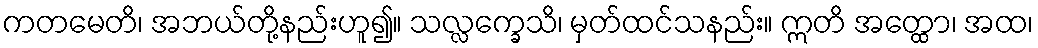
ကတမေတိ၊ အဘယ်တို့နည်းဟူ၍။ သလ္လက္ခေသိ၊ မှတ်ထင်သနည်း။ ဣတိ အတ္ထော၊ အထ၊